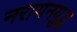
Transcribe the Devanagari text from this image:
नरायनयुद्ध